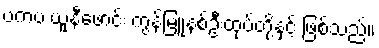
ဗကပ ယူနီဖောင်း ကွန်မြူနစ်ဦးထုပ်တို့နှင့် ဖြစ်သည်။